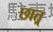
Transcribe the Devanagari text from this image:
छात्र्